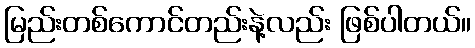
မြည်းတစ်ကောင်တည်းနဲ့လည်း ဖြစ်ပါတယ်။